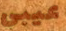
عيبي